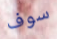
سوف